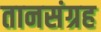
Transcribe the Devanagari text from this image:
तानसंग्रह